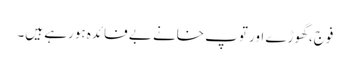
فوج، گھوڑے اور توپ خانے بے فائدہ ہورہے ہیں۔